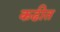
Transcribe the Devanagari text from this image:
कढीत